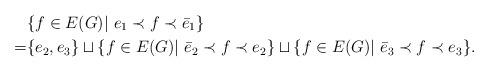
LaTeX: \begin{align*}& \{ f\in E(G)|\ e_1 \prec f\prec \bar{e}_1\} \\=&\{ e_2, e_3\} \sqcup\{ f\in E(G)|\ \bar{e}_2\prec f\prec e_2\} \sqcup \{ f\in E(G)|\ \bar{e}_3\prec f\prec e_3\}.\end{align*}